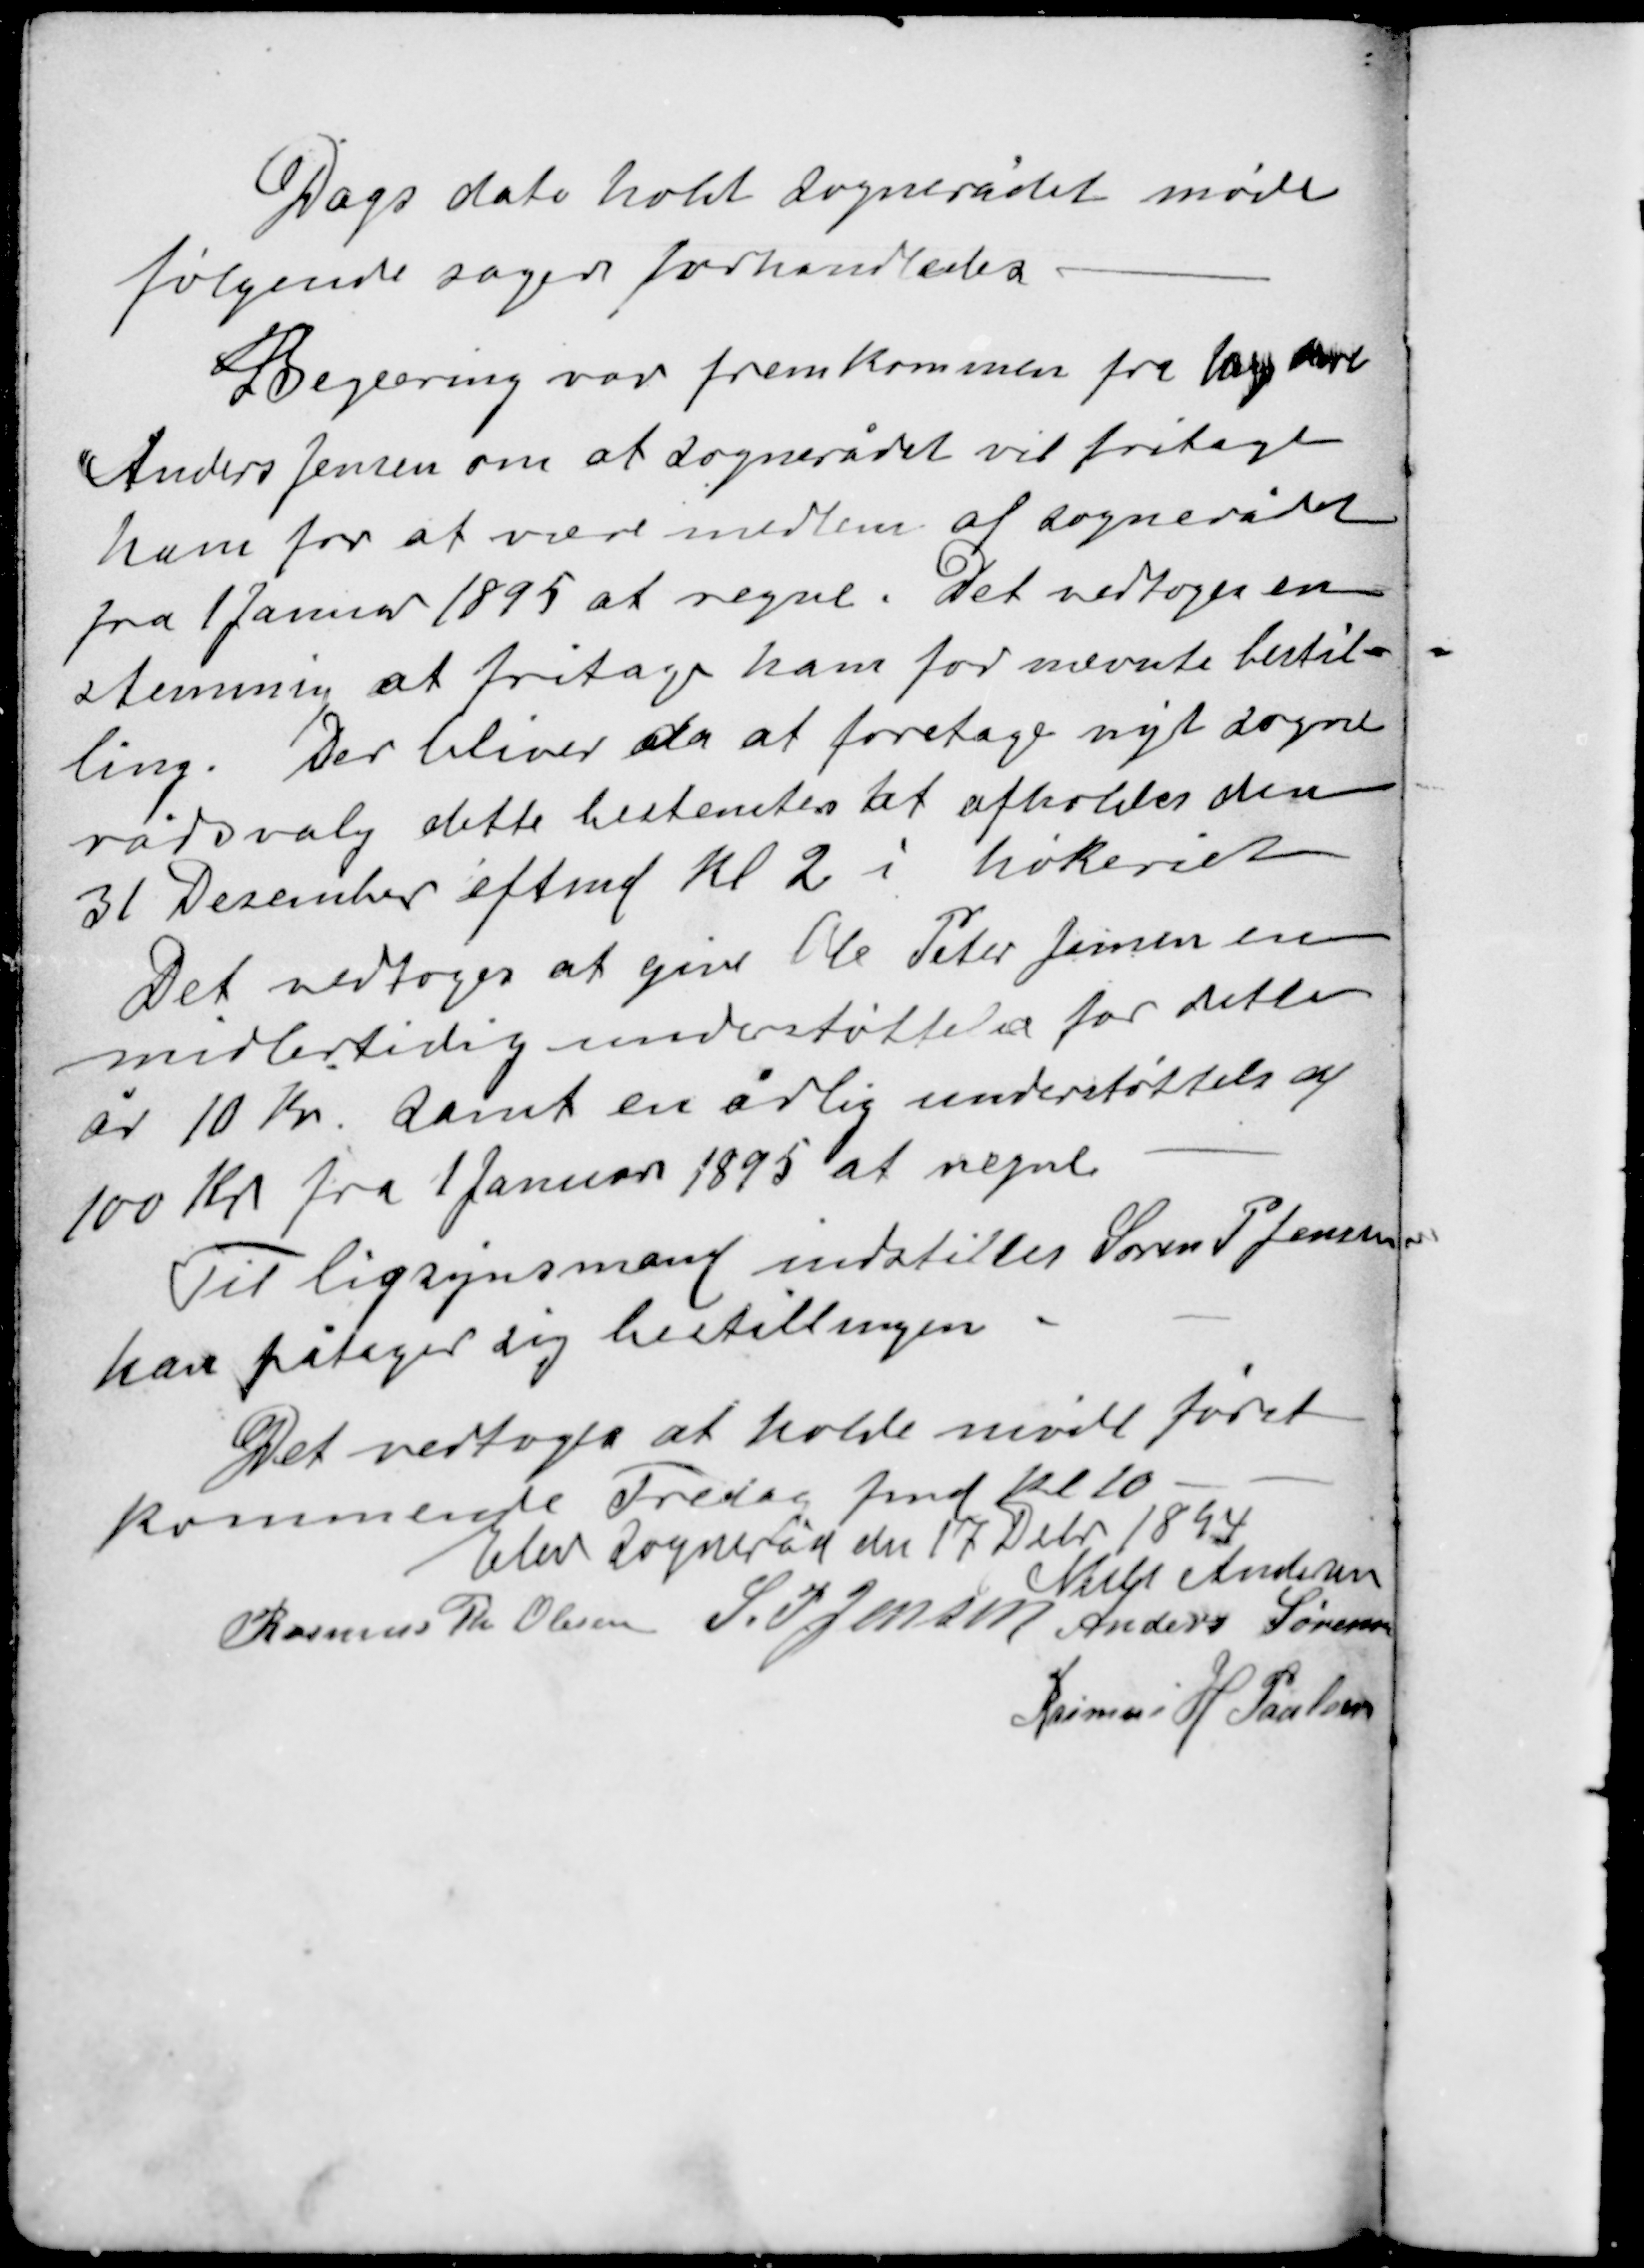
Transskription:
Dags dato holdt sognerådet møde
følgende sager forhandledes

Begæring var fremkommen fra Ung karl
Anders Jensen om at sognerådet vil fritage
ham for at være medlem af sognerådet
fra 1 Januar 1895 at regne. Det vedtoges en-
stemmig at fritage ham for nævnte bestil-
ling. Der bliver da at foretage nyt sogne-
rådsvalg dette bestemtes at afholdes den
31 Desember eftermd kl 2 i høkeriet.

Det vedtoges at give Ole Peter Jensen en
midlertidig understøttelse for dette
år 10 Kr. samt en årlig understøttelse af
100 Kr fra 1 Januar 1895 at regne

Til ligsynsmand indstilles Søren P Jensen
han påtager sig bestillingen

Det vedtoges at holde møde først
kommende Fredag fmd Kl 10
Elev Sogneråd den 17 Debr 1894
Niels Andersen
Rasmus Th Olesen
S.P. Jensen
Anders Sørensen
Rasmus H Poulsen